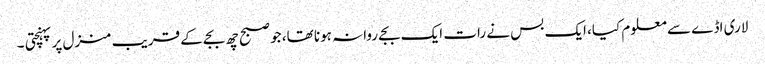
لاری اڈے سے معلوم کیا، ایک بس نے رات ایک بجے روانہ ہونا تھا، جو صبح چھ بجے کے قریب منزل پر پہنچتی ۔